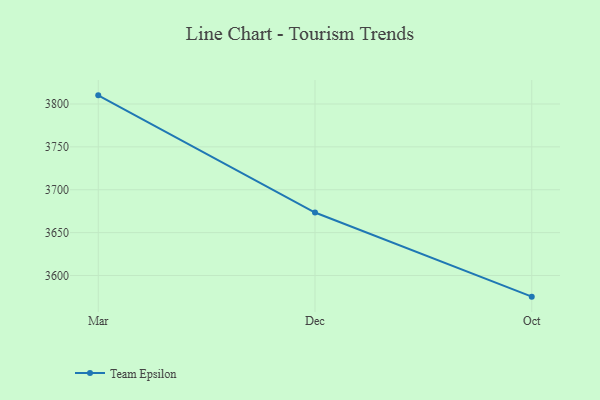
{"axis": {"x": "Month", "y": "Energy Usage (MWh)"}, "legend": ["Team Epsilon"], "data": [{"x": "Mar", "y": 3810.1, "type": "Team Epsilon"}, {"x": "Dec", "y": 3673.4, "type": "Team Epsilon"}, {"x": "Oct", "y": 3575.3, "type": "Team Epsilon"}]}